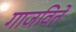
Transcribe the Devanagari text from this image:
गाजविते